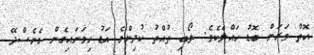
އޮތް ވަރަށް ބޮޑު ހައްލެކެވެ. ލޯބި ތުއްތު ކުދިންގެ އަޑު ހިމަނައިގެން ގެނެސްދޭ